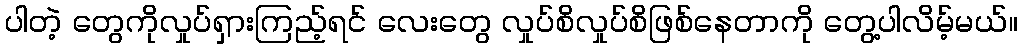
ပါတဲ့ တွေကိုလှုပ်ရှားကြည့်ရင် လေးတွေ လှုပ်စိလှုပ်စိဖြစ်နေတာကို တွေ့ပါလိမ့်မယ်။